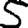
Digit: 5